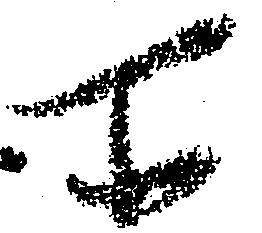
所